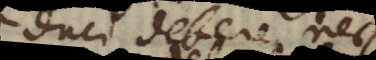
duci debere, nec